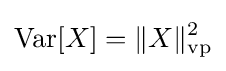
\mathrm {Var} [X]=\|X\|_{\mathrm {vp} }^{2}